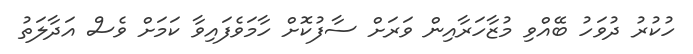
ހުކުރު ދުވަހު ބޭއްވި މުޒާހަރާއިން ވަރަށް ސާފުކޮށް ހާމަވެފައިވާ ކަަމަށް ވެސް އަދާލަތު